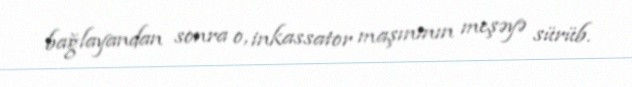
bağlayandan sonra o, inkassator maşınının meşəyə sürüb.